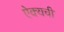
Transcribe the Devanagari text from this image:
ऐक्यची